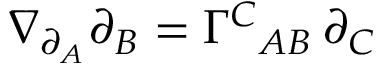
\nabla _ { \partial _ { A } } \partial _ { B } = \Gamma ^ { C } { } _ { A B } \, \partial _ { C }